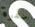
سفرة